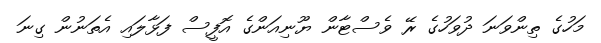
މަހުގެ ތިންވަނަ ދުވަހުގެ ރޭ ވެސްޓާން ޔޫނިއަންގެ އޮފީސް ފަޅާލައި އެތަނުން ގިނަ